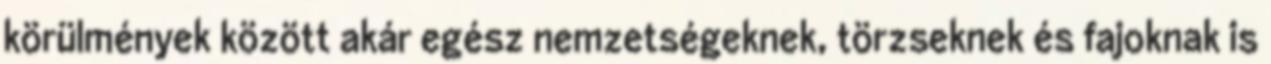
körülmények között akár egész nemzetségeknek, törzseknek és fajoknak is